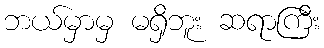
ဘယ်မှာမှ မရှိဘူး ဆရာကြီး